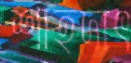
শাহদাৎ